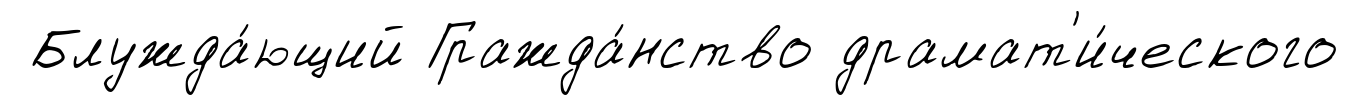
Блужда́ющий Гражда́нство драмат'и́ческого